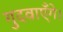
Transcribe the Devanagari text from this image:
गुदवाएँगे।